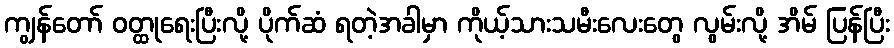
ကျွန်တော် ဝတ္ထုရေးပြီးလို့ ပိုက်ဆံ ရတဲ့အခါမှာ ကိုယ့်သားသမီးလေးတွေ လွမ်းလို့ အိမ် ပြန်ပြီး